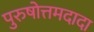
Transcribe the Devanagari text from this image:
पुरुषोत्तमदादा